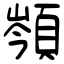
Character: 䫈